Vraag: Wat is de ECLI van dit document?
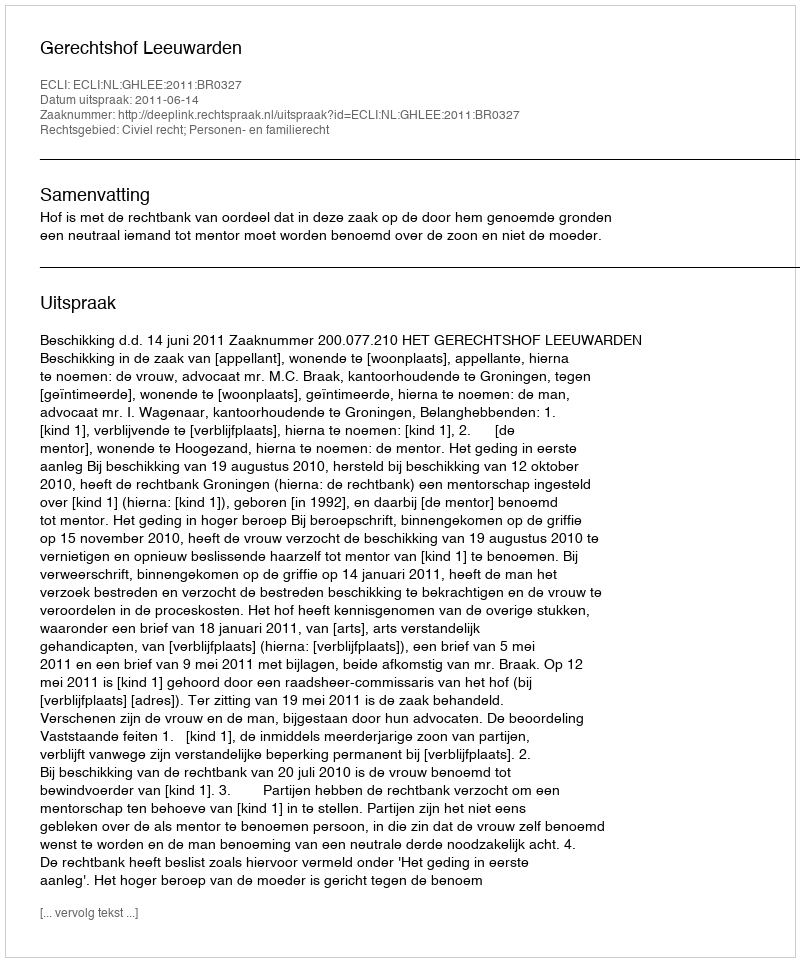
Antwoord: ECLI:NL:GHLEE:2011:BR0327